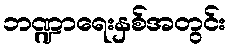
ဘဏ္ဍာရေးနှစ်အတွင်း